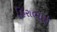
હિરાભાઇ